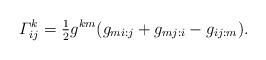
LaTeX: \begin{align*}\varGamma_{ij}^k = \tfrac{1}{2} g^{km} (g_{mi:j} + g_{mj:i} - g_{ij:m}).\end{align*}